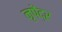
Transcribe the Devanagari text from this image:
नृपेंद्र